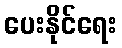
ပေးနိုင်ရေး